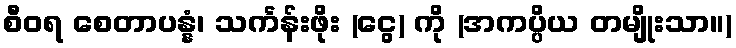
စီဝရ စေတာပန္နံ၊ သင်္ကန်းဖိုး (ငွေ) ကို (အကပ္ပိယ တမျိုးသာ။)